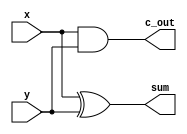
module half_adder (
    x, y, sum, c_out
);
    input x, y;
    output sum, c_out;

    assign c_out = x & y;
    assign sum = x ^ y;
endmodule